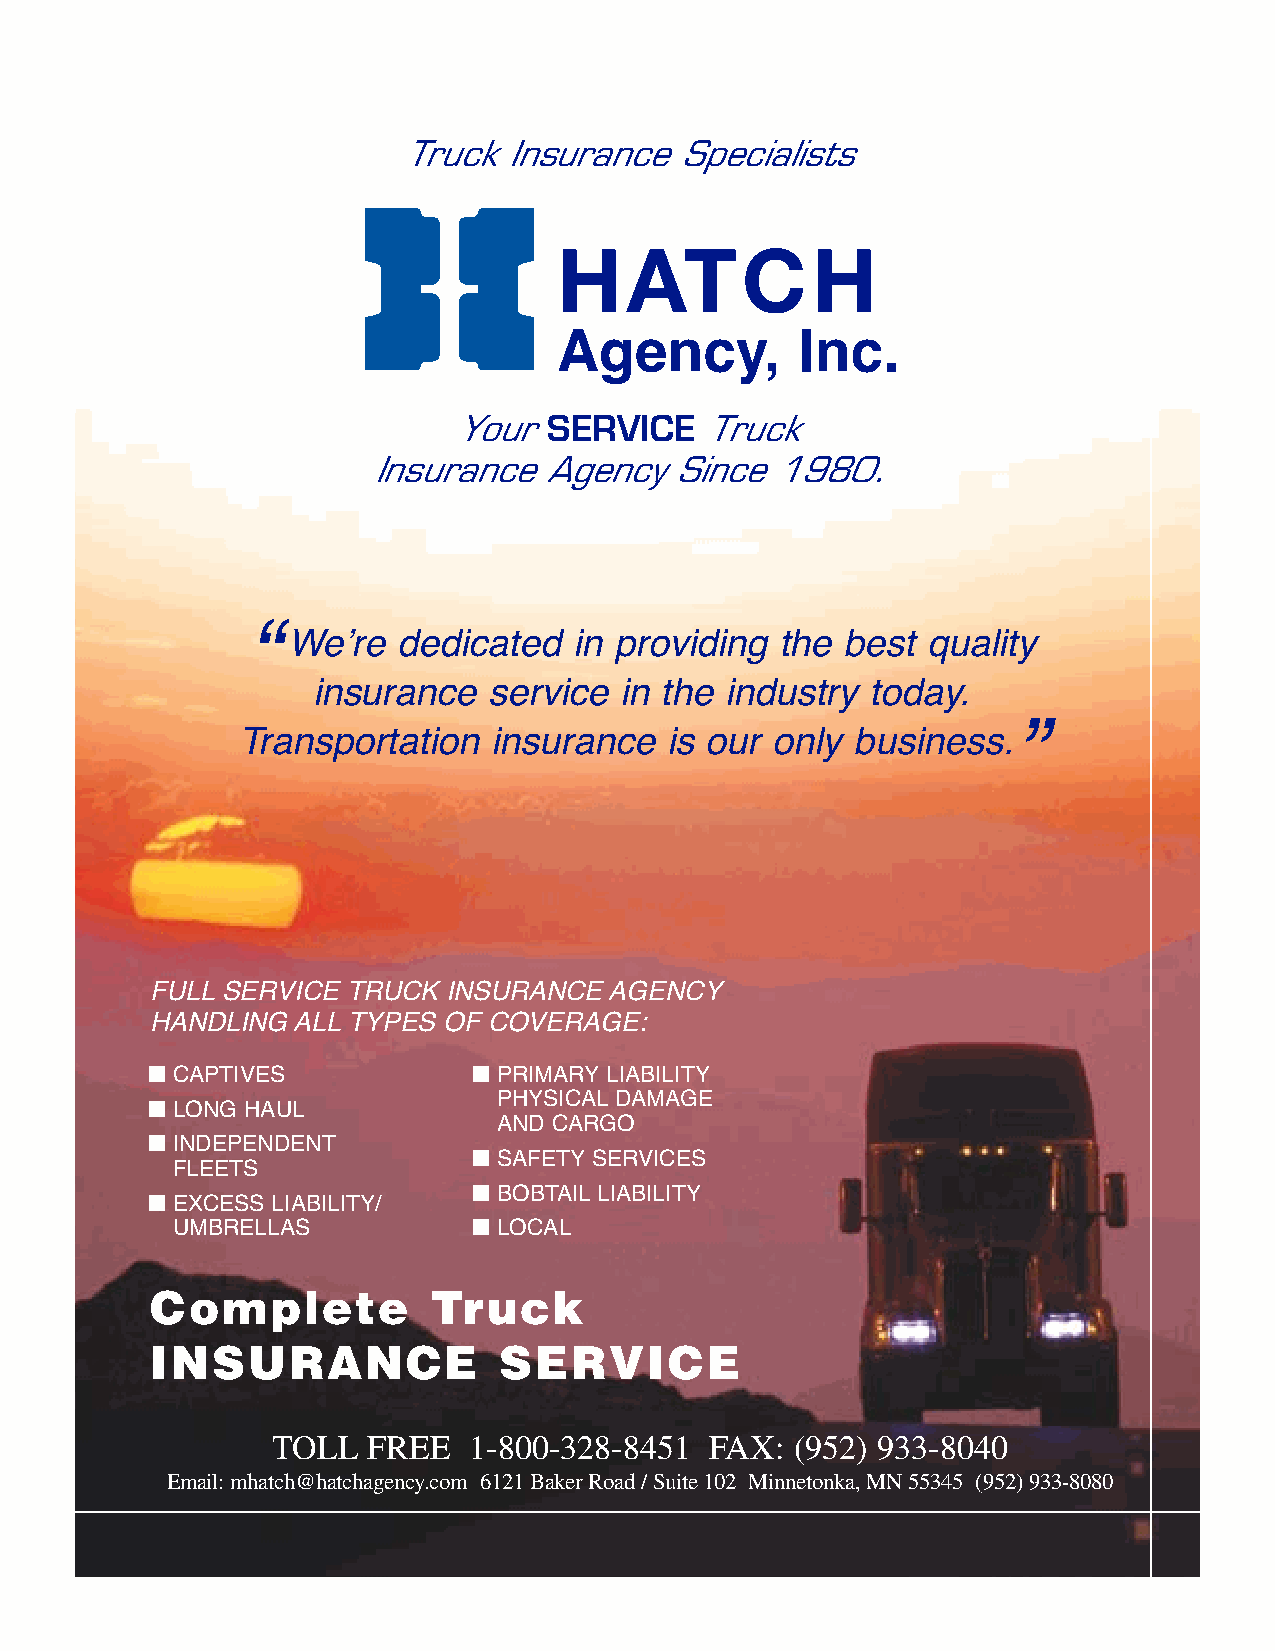
Truck  Insurance  Specialists
 HATCH
 Agency,         Inc.
 Your  SERVICE    Truck
 Insurance  Agency   Since 1980.
 “We’re    dedicated   in providing the  best quality
 insurance   service  in the industry today.
 Transportation  insurance   is our only business.”
 FULLSERVICE  TRUCK INSURANCE  AGENCY
 HANDLING ALLTYPES  OFCOVERAGE:
 �                    �
 CAPTIVES              PRIMARY LIABILITY
 �                      PHYSICALDAMAGE
 LONG HAUL
 AND CARGO
 �
 INDEPENDENT
 �
 SAFETY SERVICES
 FLEETS
 �
 �                      BOBTAILLIABILITY
 EXCESS LIABILITY/
 �
 UMBRELLAS             LOCAL
 Complete           Truck
 INSURANCE              SERVICE
 TOLL  FREE   1-800-328-8451  FAX:  (952) 933-8040
 Email:mhatch@hatchagency.com 6121 Baker Road / Suite 102 Minnetonka,MN 55345 (952) 933-8080